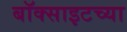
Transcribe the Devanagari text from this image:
बॉक्साइटच्या